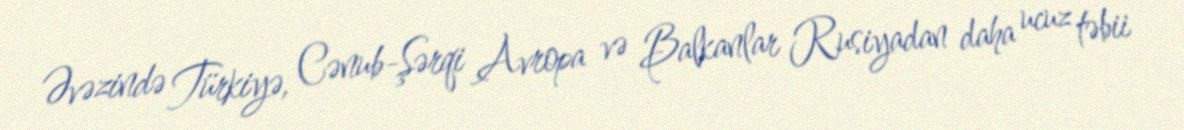
Əvəzində Türkiyə, Cənub-Şərqi Avropa və Balkanlar Rusiyadan daha ucuz təbii